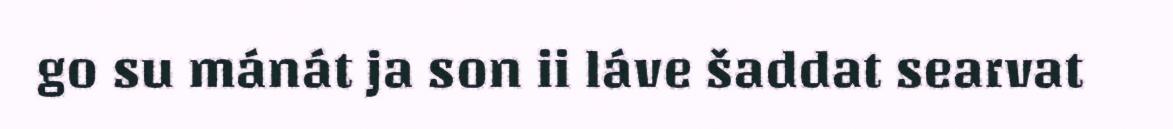
go su mánát ja son ii láve šaddat searvat